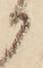
か